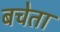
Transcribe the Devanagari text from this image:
बचेता